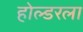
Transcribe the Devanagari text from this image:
होल्डरला